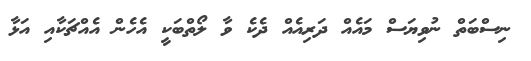
ނިސްބަތް ނުވިޔަސް މައެއް ދަރިއެއް ދެކެ ވާ ލޯތްބަކީ އެހެން އެއްޗަކާއި އަޅާ